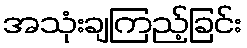
အသုံးချကြည့်ခြင်း